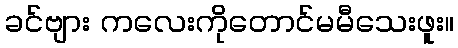
ခင်ဗျား ကလေးကိုတောင်မမီသေးဖူး။